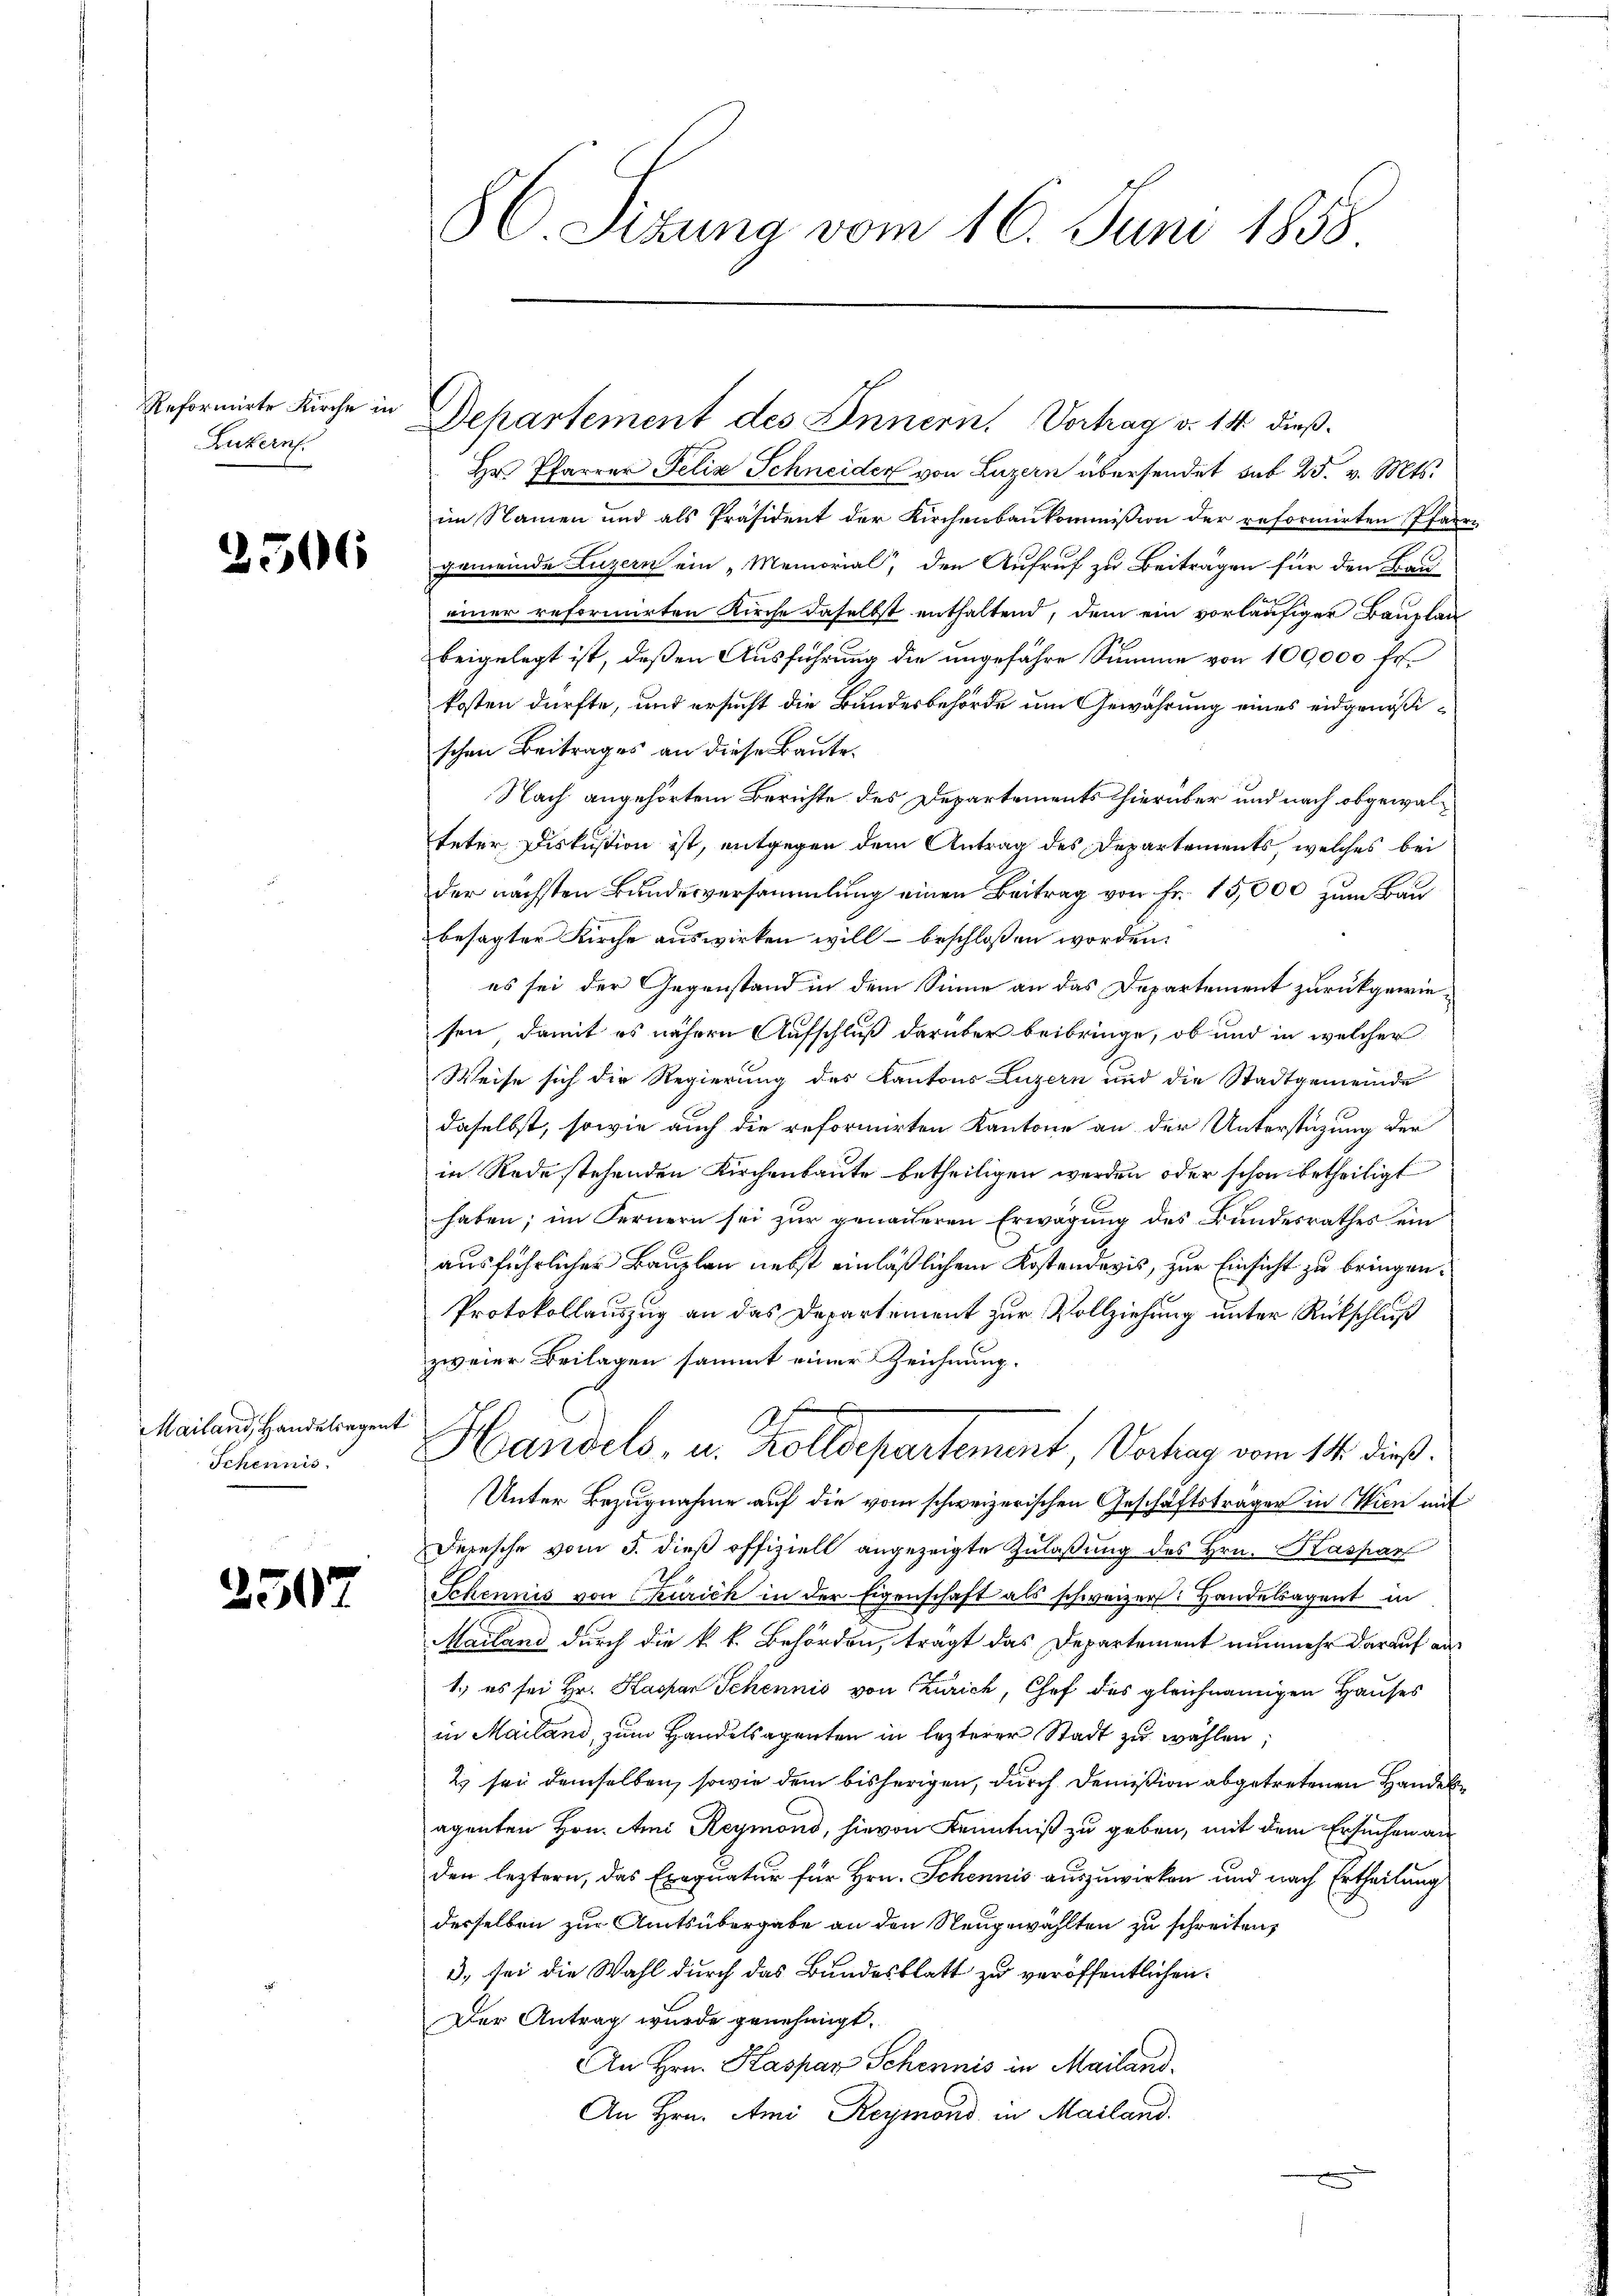
Reformirte Kirche in
Luzern.

2506

Mailand, Handelregens
Schennis

2507

86 Sizung vom 16. Juni 1858

Departement des Innern, Vorhag v. 14 dieß¬

Hr. Pfarrer Felix Schneider von Luzern übersendet sub 25. v. Mts.
im Namen und als Präsident der Kirchenbaukommission der reformirten Pfarr-
gemeinde Luzern ein „Memorial, den Aufruf zu Beiträgen für den Bau-
einer reformirten Kirche daselbst enthaltend, dem ein vorläufiger Bauplan
beigelegt ist, deßen Ausführung die ungefähre Summe von 100,000 fr.
kosten dürfte, und ersucht die Bundesbehörde um Gewährung eines eidgenößischen Beitrages an diese Baute.
Nach angehörtem Berichte des Departements hierüber und nach obgewalteter Diskustion ist, entgegen dem Antrag des Departements, welches bei
der nächsten Bundesversammlung einen Beitrag von Fr. 15,000 zum Baubesagter Kirche auswirken will – beschlossen worden.
es sei der Gegenstand in dem Sinne an das Departement zurückgewiesen, damit es nähern Aufschluß darüber beibringe, ob und in welcher
Weise sich die Regierung des Kantons Luzern und die Stadtgemeinde
daselbst, sowie auch die reformirten Kantone an der Unterstüzung der
in Rede stehenden Kirchenbaute betheiligen werden oder schon betheiligt
haben; im Fernern sei zur genaueren Erwägung des Bundesrathes ein
ausführlicher Bauplan nebst einläßlichem Kostendevis, zur Einsicht zu bringen.
Protokollauszug an das Departement zur Vollziehung unter Rückschluß
zweier Beilagen sammt einer Zeichnung.
d
t
Handels, u. Zolldepartement Vortrag vom 14. dieß.
Unter Bezugnahme auf die vom schweizerischen Geschäftsträger in Wien mit
Derische vom 5. dieß offiziell angezeigte Zulaßung des Hrn. Kaspar
Schennis von Curich in der Eigenschaft als schweizer: Handelsagent in
Mailand durch die k. k. Behörden, tragt das Departement nunmehr darauf au
1.) es sei Hr. Haspar Schennis von Zürich, Chef des gleichnamigen Hauses
in Mailand, zum Handelsagenten in lezterer Stadt zu wählen;
2 sei demselben, sowie dem bisherigen, durch Demision abgetretenen Handelagenten Hon. Ami Reymond, hievon Kenntniß zu geben, mit dem Ersuchen an
den leztern, das Exequatur für Hrn. Schennis auszuwirken und nach Ertheilung
derselben zur Amtsübergabe an den Neugewählten zu schreiten,
3) sei die Wahl durch das Bundesblatt zu veröffentlichen
Der Antrag wurde genehmigt.
An Hrn. Kaspar Schennis in Mailand.
An Hrn. Ami Reymond in Mailand